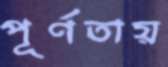
পূর্ণতায়